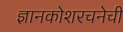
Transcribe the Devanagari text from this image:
ज्ञानकोशरचनेची